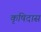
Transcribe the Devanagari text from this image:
कृषिदास